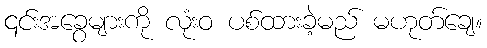
၎င်းအခွေများကို လုံးဝ ပစ်ထားခဲ့မည် မဟုတ်ချေ။